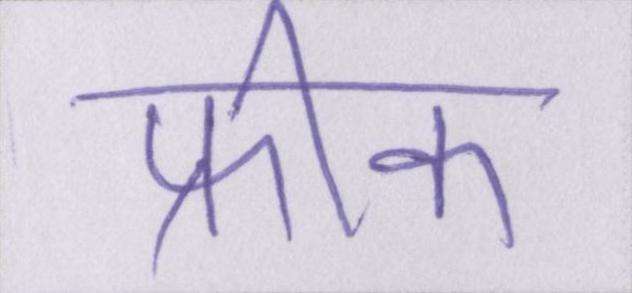
फ्रीक